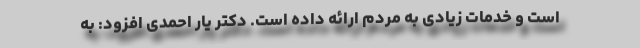
است و خدمات زیادی به مردم ارائه داده است. دکتر یار احمدی افزود: به